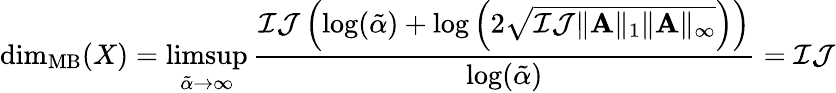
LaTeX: \mathrm{dim}_{\mathrm{MB}}(X)=\operatorname*{limsup}_{\tilde{\alpha}\rightarrow\infty}\frac{\mathcal{I}\mathcal{J}\left(\log(\tilde{\alpha})+\log\left(2\sqrt{\mathcal{I}\mathcal{J}\| \mathbf{A}\| _{1}\| \mathbf{A}\| _{\infty}}\right)\right)}{\log(\tilde{\alpha})}=\mathcal{I}\mathcal{J}